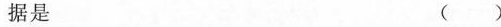
据是 ()